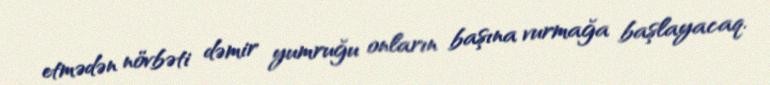
etmədən növbəti dəmir yumruğu onların başına vurmağa başlayacaq.